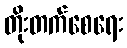
တိုးတက်စေရေး